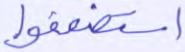
استضعفوا